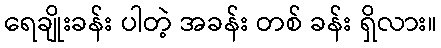
ရေချိုးခန်း ပါတဲ့ အခန်း တစ် ခန်း ရှိလား။